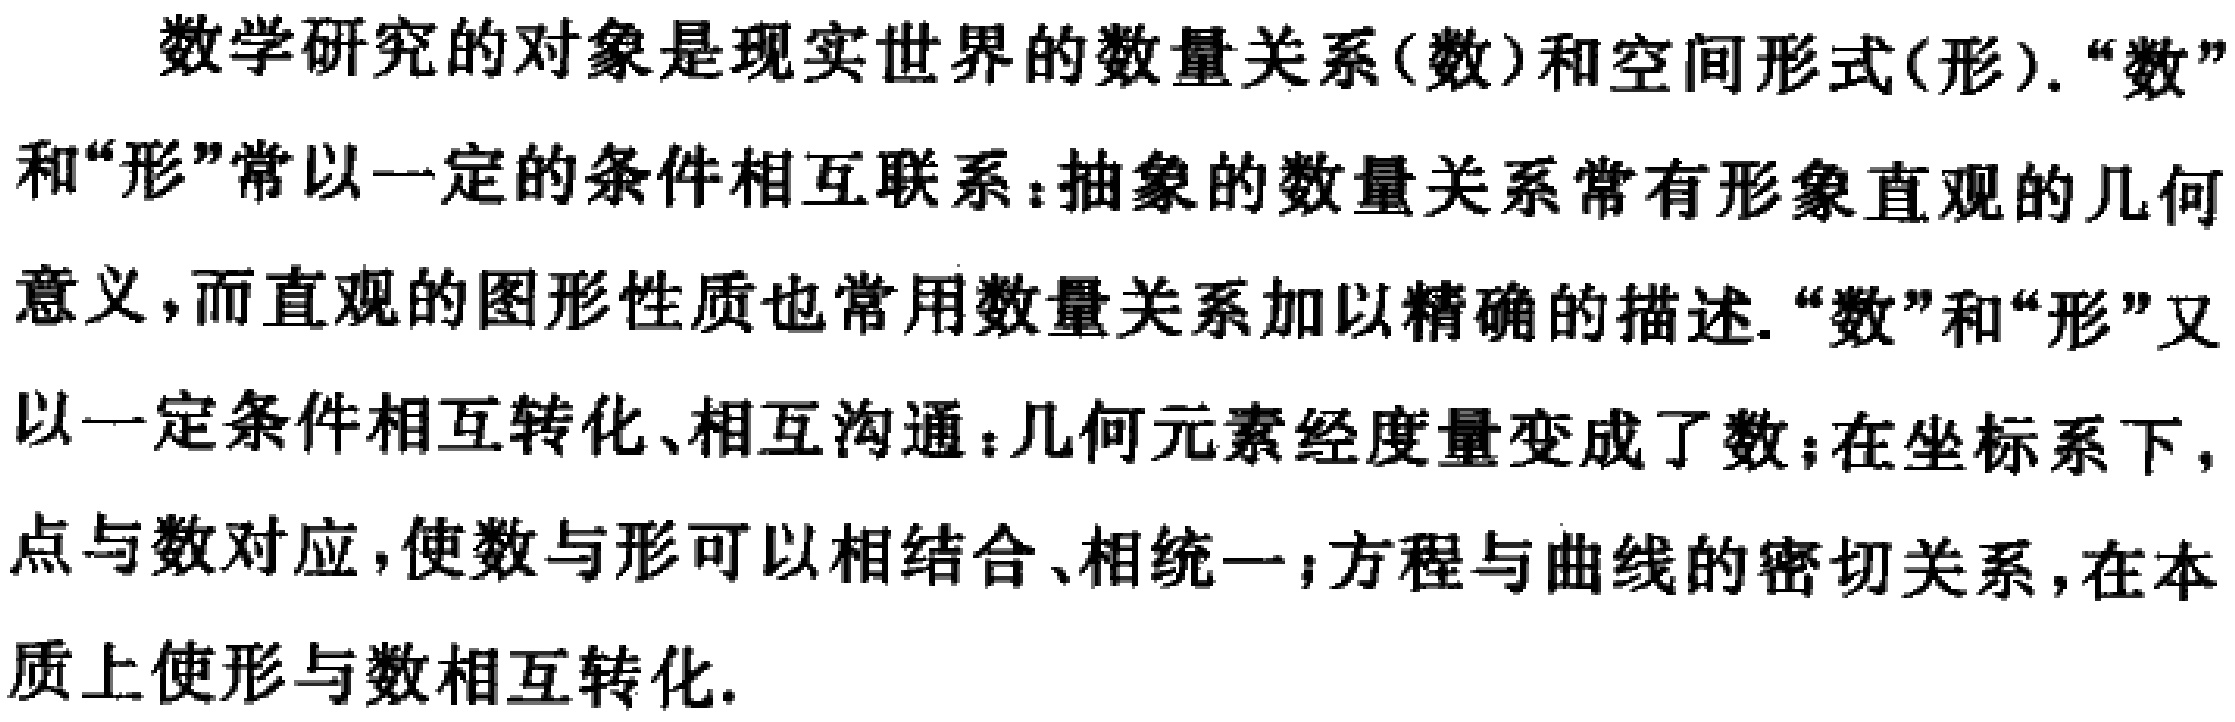
数学研究的对象是现实世界的数量关系(数)和空间形式(形). “数”和“形”常以一定的条件相互联系：抽象的数量关系常有形象直观的几何意义，而直观的图形性质也常用数量关系加以精确的描述. “数”和“形”又以一定条件相互转化、相互沟通：几何元素经度量变成了数；在坐标系下，点与数对应，使数与形可以相结合、相统一；方程与曲线的密切关系，在本质上使形与数相互转化.